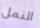
النمل